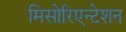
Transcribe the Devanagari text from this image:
मिसोरिएन्टेशन